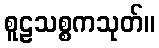
စူဠသစ္စကသုတ်။